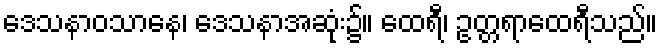
ဒေသနာဝသာနေ၊ ဒေသနာအဆုံး၌။ ထေရီ၊ ဥတ္တရာထေရီသည်။